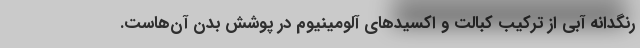
رنگدانه آبی از ترکیب کبالت و اکسید‌های آلومینیوم در پوشش بدن آن‌هاست.